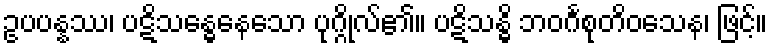
ဥပပန္နဿ၊ ပဋိသန္ဓေနေသော ပုဂ္ဂိုလ်၏။ ပဋိသန္ဓိ ဘဝင်္ဂစုတိဝသေန၊ ဖြင့်။